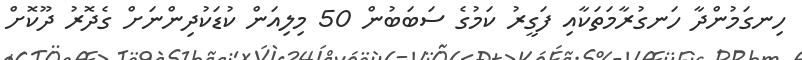
ހިނގަމުންދާ ހަނގުރާމަތަކާއި ފަގީރު ކަމުގެ ސަބަބުން 50 މިލިއަން ކުޑަކުދިންނަށް ގެދޮރު ދޫކޮށް